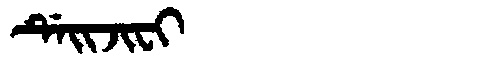
Manchu: ᡩᡝᡳᠵᡳᠸᡳ
Romanization: DEIJIFI